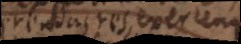
gerendas res, exercendas